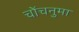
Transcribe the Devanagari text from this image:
चोंचनुमा